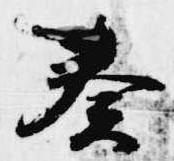
奏